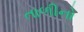
તાળીનો